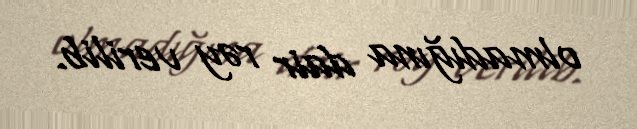
olmadığına dair rəy verilib.